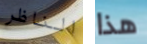
الناظر هذا